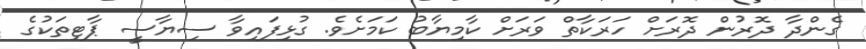
ގެންދާ ދޮރުން ދޮރަށް ހަރަކާތް ވަރަށް ކާމިޔާބު ކަމަށެވެ. ގުޅިފައިވާ ސިޔާސީ ޕާޓިތަކުގެ